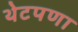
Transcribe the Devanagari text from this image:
थेटपणा